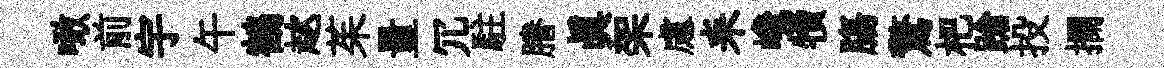
噉前宇午鶴趑茱量冗駐謄真架慮耒巉犢膓驚杷蹌投攔